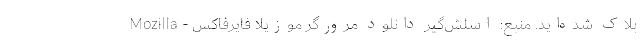
بلاک شده‌اید. منبع: اسلش‌گیر دانلود مرورگر موزیلا فایرفاکس - Mozilla